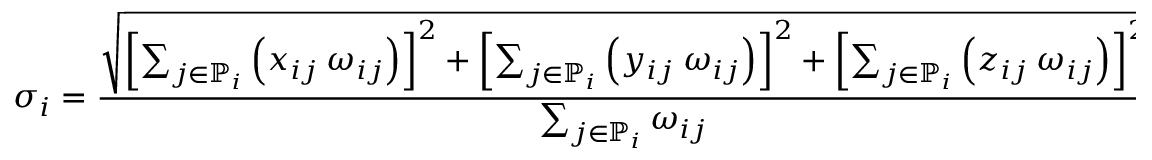
\sigma _ { i } = \frac { \sqrt { \left[ \sum _ { j \in \mathbb { P } _ { i } } \left( x _ { i j } \: \omega _ { i j } \right) \right] ^ { 2 } + \left[ \sum _ { j \in \mathbb { P } _ { i } } \left( y _ { i j } \: \omega _ { i j } \right) \right] ^ { 2 } + \left[ \sum _ { j \in \mathbb { P } _ { i } } \left( z _ { i j } \: \omega _ { i j } \right) \right] ^ { 2 } } } { \sum _ { j \in \mathbb { P } _ { i } } \omega _ { i j } } \, ,